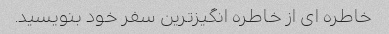
خاطره ای از خاطره انگیزترین سفر خود بنویسید.